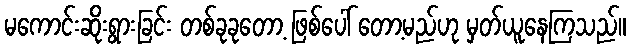
မကောင်းဆိုးရွားခြင်း တစ်ခုခုတော့ ဖြစ်ပေါ် တော့မည်ဟု မှတ်ယူနေကြသည်။